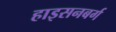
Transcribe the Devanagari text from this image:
हाइसनबर्ग